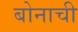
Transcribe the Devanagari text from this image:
बोनाची